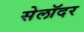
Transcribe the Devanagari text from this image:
सेलॉदर